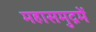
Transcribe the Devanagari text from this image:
महासमुद्रमें